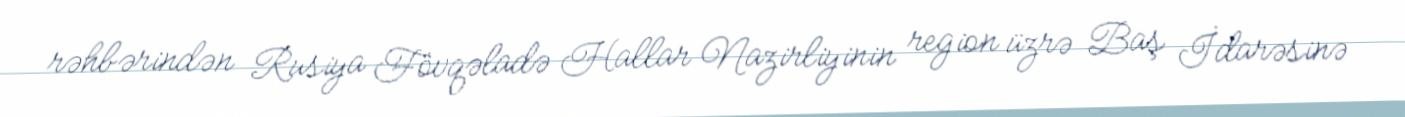
rəhbərindən Rusiya Fövqəladə Hallar Nazirliyinin region üzrə Baş İdarəsinə